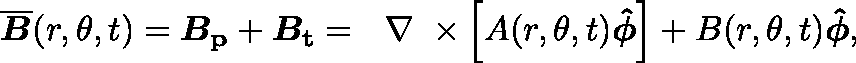
\boldsymbol { \overline { { B } } } ( r , \theta , t ) = \boldsymbol { B _ { \mathrm { p } } } + \boldsymbol { B _ { \mathrm { t } } } = \mathrm { ~ \boldmath ~ \nabla ~ } \times \left[ A ( r , \theta , t ) \boldsymbol { \hat { \phi } } \right] + B ( r , \theta , t ) \boldsymbol { \hat { \phi } } ,